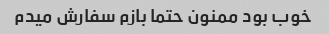
خوب بود ممنون حتما بازم سفارش میدم